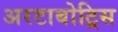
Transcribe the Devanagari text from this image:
अरटाबोट्रिस